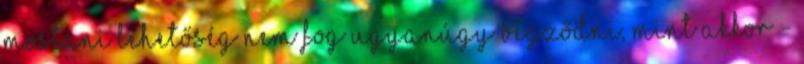
mostani lehetőség nem fog ugyanúgy végződni, mint akkor -